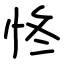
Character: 㤏